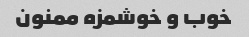
خوب و خوشمزه ممنون